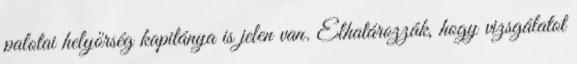
palotai helyőrség kapitánya is jelen van. Elhatározzák, hogy vizsgálatot